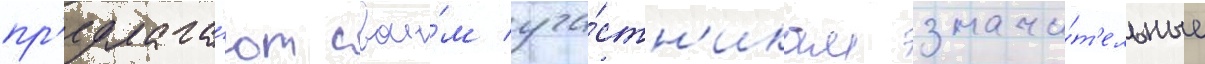
пр'едлага́ют свои́м уча́стн'икам значи́т'ельные